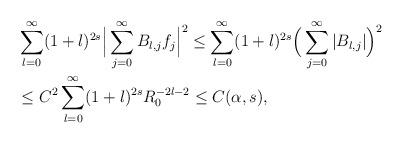
LaTeX: \begin{align*}&\sum_{l=0}^\infty(1+l)^{2s}\Big|\sum_{j=0}^\infty B_{l,j}f_j\Big|^2\le \sum_{l=0}^\infty (1+l)^{2s}\Big(\sum_{j=0}^\infty |B_{l,j}|\Big)^2\\&\le C^2\sum_{l=0}^\infty(1+l)^{2s}R_0^{-2l-2}\le C(\alpha,s),\end{align*}